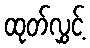
ထုတ်လွှင့်